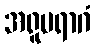
အရူပရာဂံ